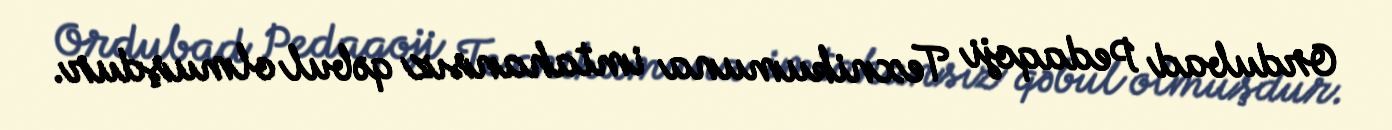
Ordubad Pedaqoji Texnikumuna imtahansız qəbul olmuşdur.